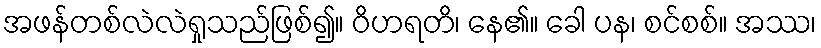
အဖန်တစ်လဲလဲရှုသည်ဖြစ်၍။ ဝိဟရတိ၊ နေ၏။ ခေါ ပန၊ စင်စစ်။ အဿ၊